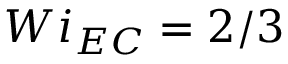
W i _ { E C } = 2 / 3